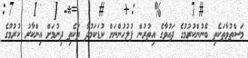
މަސްތުވާތަކެތި ބޭނުންކުރުމުގެ ދައުވާގެ އިތުރުން ފުލުހުންނަށް ކުޑަކަމުދާ ތަކެތި ދިނުމަށް އިންކާރު ކުރުމުގެ